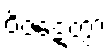
ဝိဇဋေတွာ